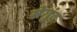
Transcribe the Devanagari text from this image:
सेगुंद